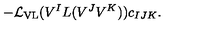
- { \cal L } _ { \mathrm { V L } } ( V ^ { I } L ( V ^ { J } V ^ { K } ) ) c _ { I J K } .